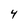
Character: 4